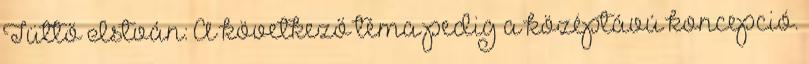
Tüttő István: A következő téma pedig a középtávú koncepció.